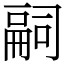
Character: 𠻸